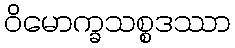
ဝိမောက္ခသစ္စဒဿာ